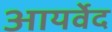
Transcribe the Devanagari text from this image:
आयर्वेद